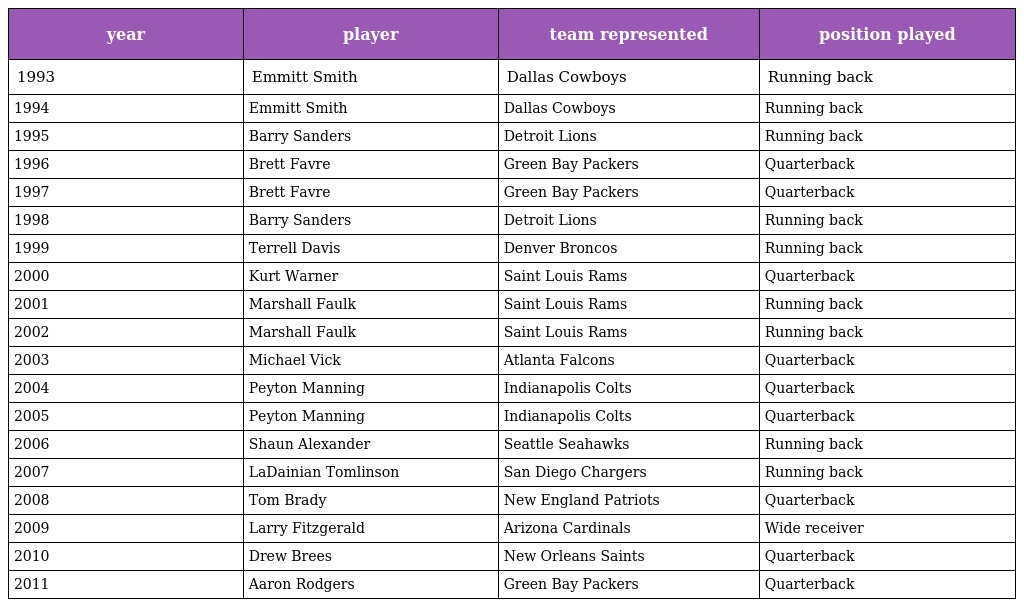
| year | player | team represented | position played |
 | --- | --- | --- | --- |
 | 1993 | Emmitt Smith | Dallas Cowboys | Running back |
 | 1994 | Emmitt Smith | Dallas Cowboys | Running back |
 | 1995 | Barry Sanders | Detroit Lions | Running back |
 | 1996 | Brett Favre | Green Bay Packers | Quarterback |
 | 1997 | Brett Favre | Green Bay Packers | Quarterback |
 | 1998 | Barry Sanders | Detroit Lions | Running back |
 | 1999 | Terrell Davis | Denver Broncos | Running back |
 | 2000 | Kurt Warner | Saint Louis Rams | Quarterback |
 | 2001 | Marshall Faulk | Saint Louis Rams | Running back |
 | 2002 | Marshall Faulk | Saint Louis Rams | Running back |
 | 2003 | Michael Vick | Atlanta Falcons | Quarterback |
 | 2004 | Peyton Manning | Indianapolis Colts | Quarterback |
 | 2005 | Peyton Manning | Indianapolis Colts | Quarterback |
 | 2006 | Shaun Alexander | Seattle Seahawks | Running back |
 | 2007 | LaDainian Tomlinson | San Diego Chargers | Running back |
 | 2008 | Tom Brady | New England Patriots | Quarterback |
 | 2009 | Larry Fitzgerald | Arizona Cardinals | Wide receiver |
 | 2010 | Drew Brees | New Orleans Saints | Quarterback |
 | 2011 | Aaron Rodgers | Green Bay Packers | Quarterback |